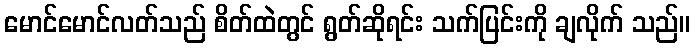
မောင်မောင်လတ်သည် စိတ်ထဲတွင် ရွတ်ဆိုရင်း သက်ပြင်းကို ချလိုက် သည်။